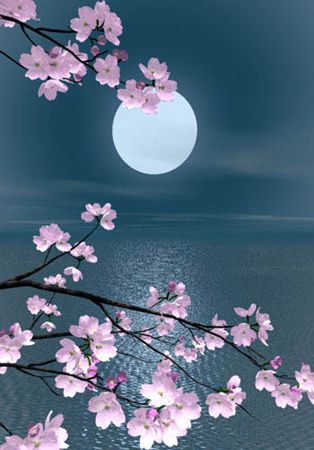
云散月明谁点缀？天容海色本澄清。